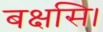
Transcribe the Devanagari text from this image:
बक्षसि।